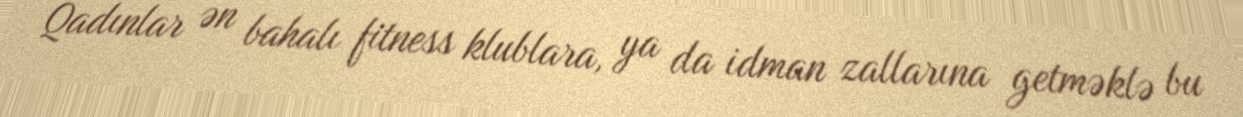
Qadınlar ən bahalı fitness klublara, ya da idman zallarına getməklə bu